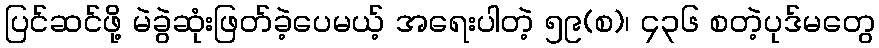
ပြင်ဆင်ဖို့ မဲခွဲဆုံးဖြတ်ခဲ့ပေမယ့် အရေးပါတဲ့ ၅၉(စ)၊ ၄၃၆ စတဲ့ပုဒ်မတွေ